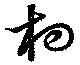
杓